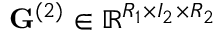
\mathbf { G } ^ { ( 2 ) } \in \mathbb { R } ^ { R _ { 1 } \times I _ { 2 } \times R _ { 2 } }